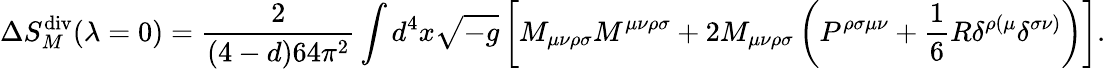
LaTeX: \Delta S_{M}^{\mathrm{div}}(\lambda=0)=\frac{2}{(4-d)64\pi^{2}}\int d^{4}x\sqrt{-g}\left[M_{\mu\nu\rho\sigma}M^{\mu\nu\rho\sigma}+2M_{\mu\nu\rho\sigma}\left(P^{\rho\sigma\mu\nu}+\frac{1}{6}R\delta^{\rho(\mu}\delta^{\sigma\nu)}\right)\right].